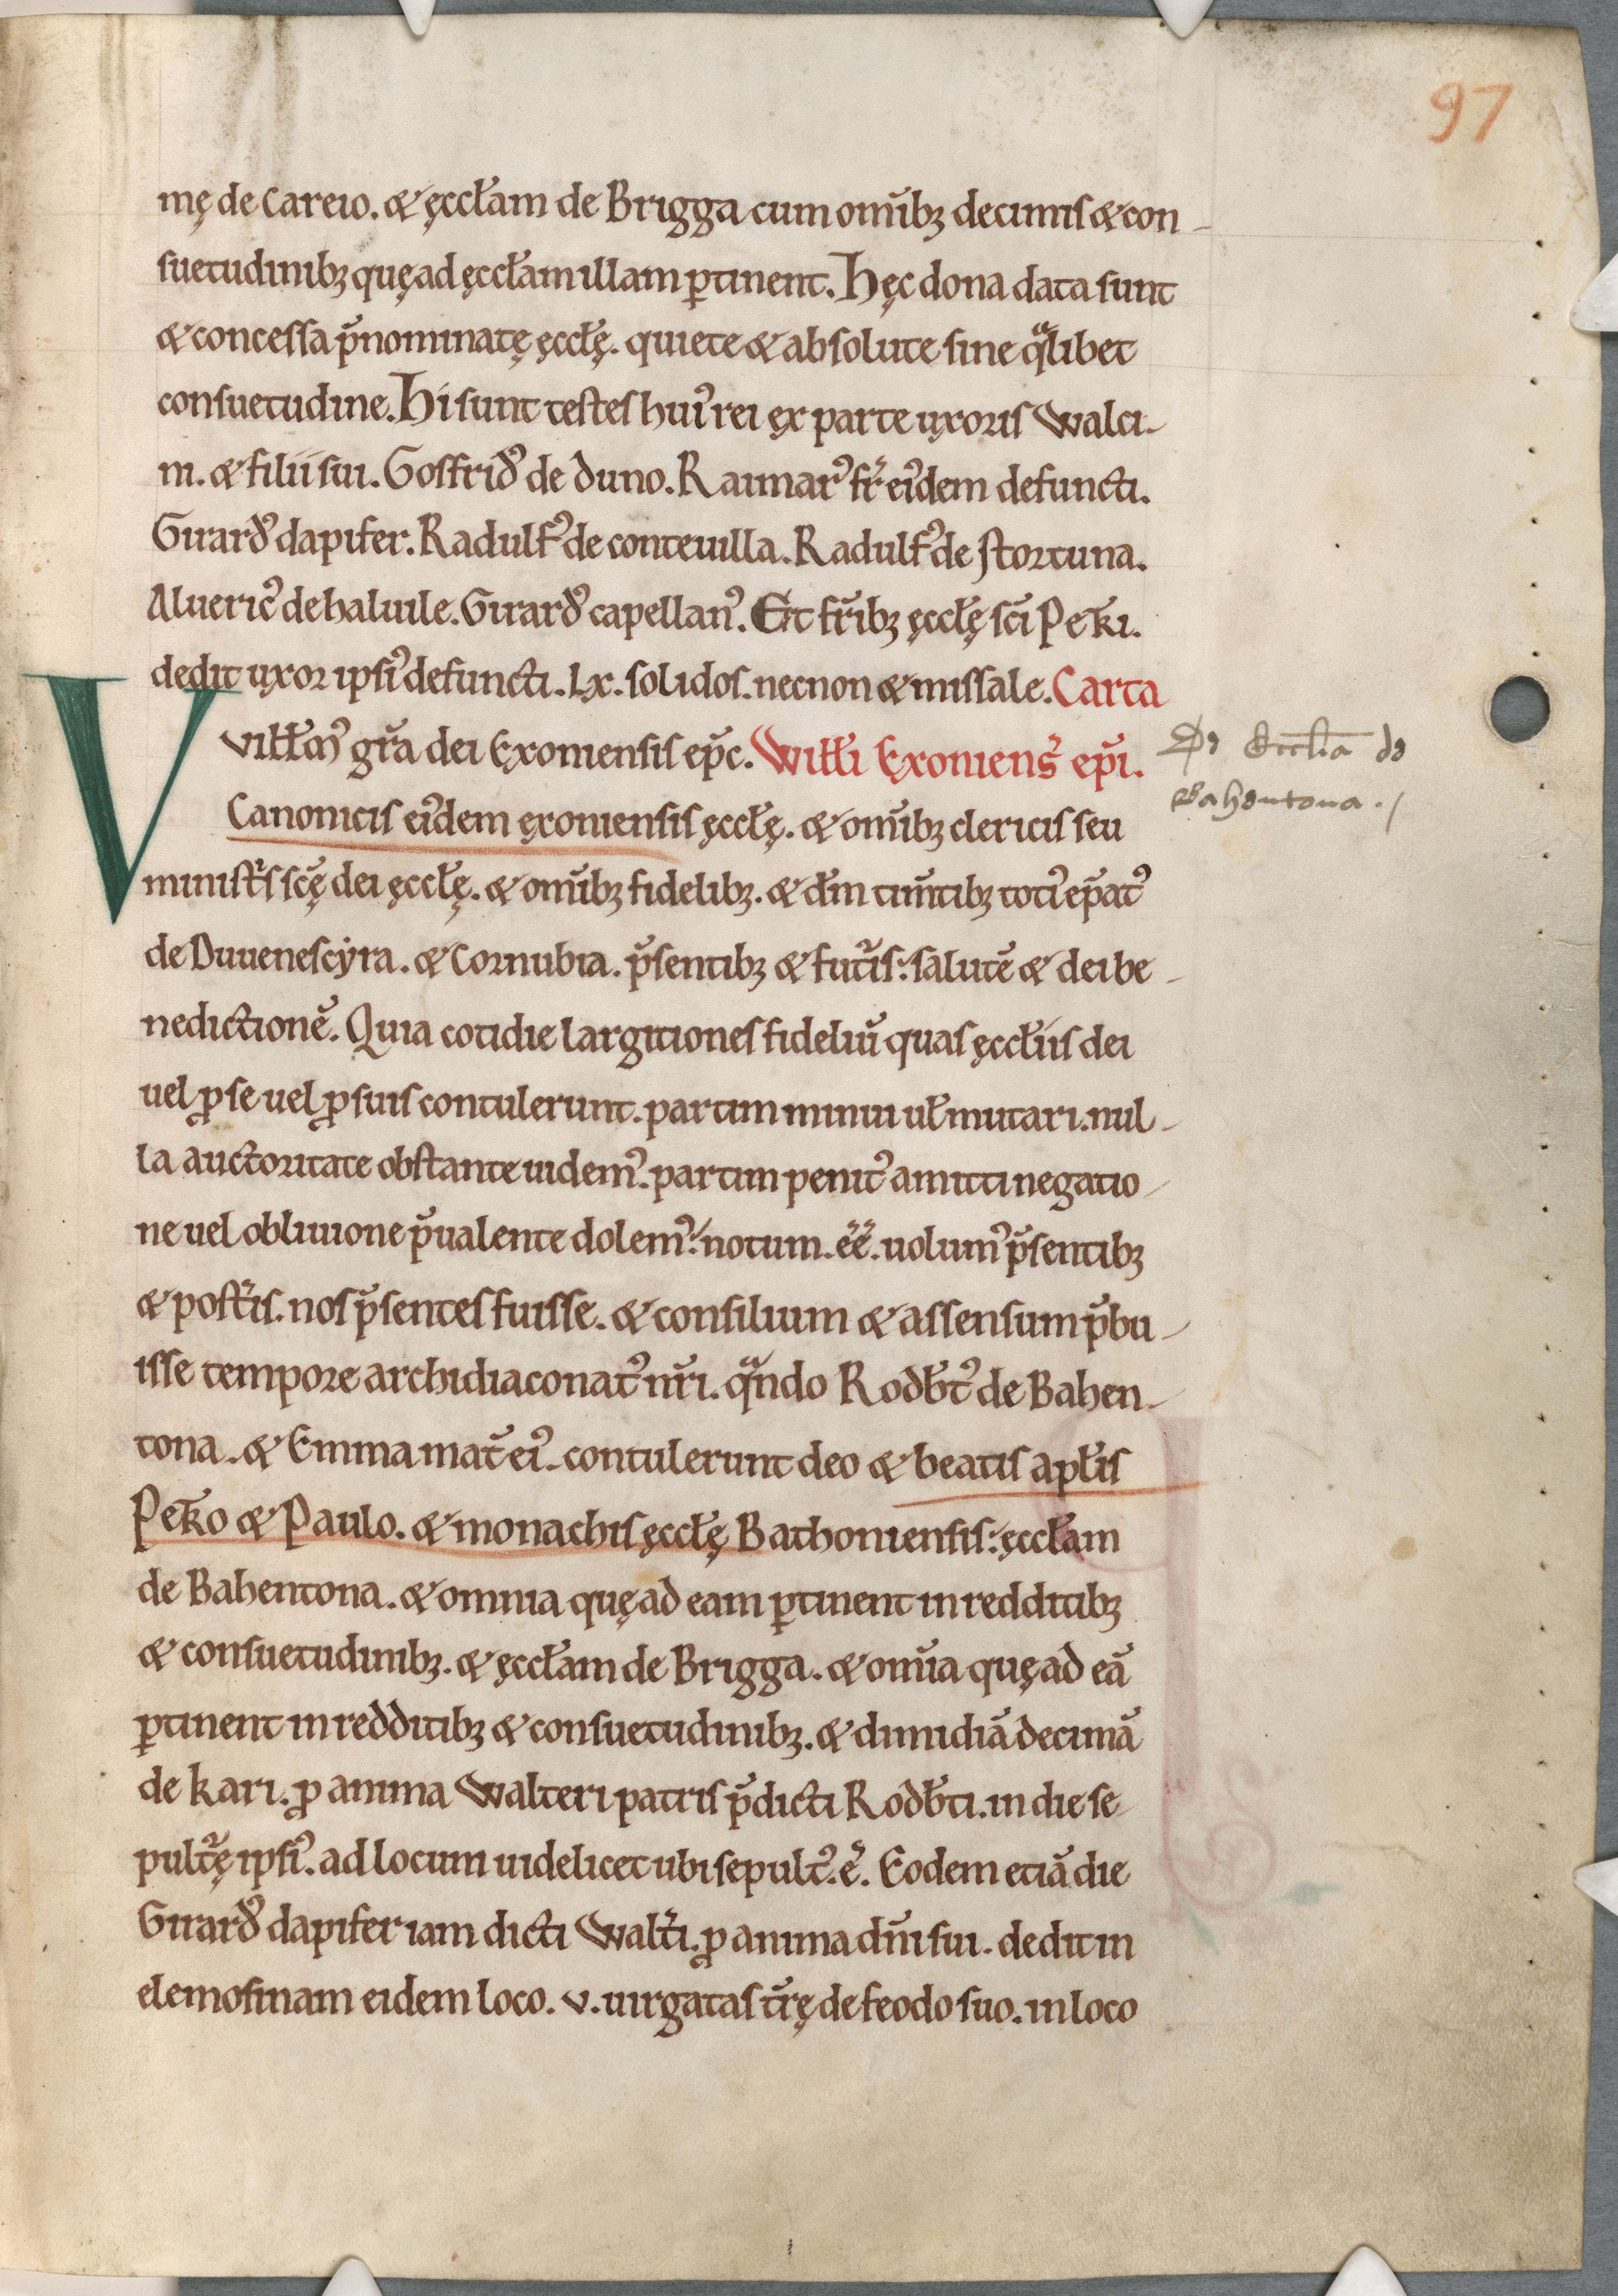
Shelfmark: Cambridge, Corpus Christi College, MS 111
Century: 11